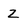
Character: Z